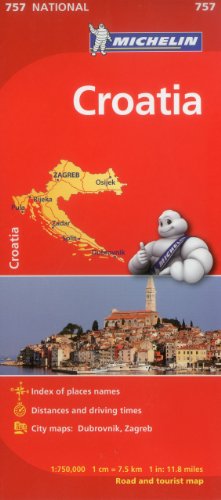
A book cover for Michelin Croatia Map 757 (Maps/Country (Michelin)); Michelin Travel & Lifestyle; Travel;